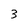
Character: 3